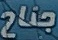
جناح